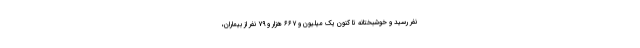
نفر رسید و خوشبختانه تا کنون یک میلیون و ۶۶۷ هزار و ۷۹ نفر از بیماران،